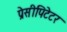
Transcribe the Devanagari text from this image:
प्रेसीपिटेटर